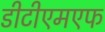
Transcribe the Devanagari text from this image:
डीटीएमएफ